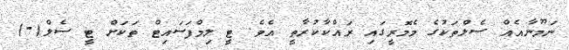
ނަމޫނާއެއް ސެލްތަކުގެ މެމޮރީގައި ރައްކާކުރާތީ އެވެ. ޓީ ލިމްފަސައިޓް ތަކަށް ޓީ ސެލް(-)